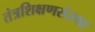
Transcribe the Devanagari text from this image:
तंत्रशिक्षणसंस्था